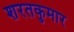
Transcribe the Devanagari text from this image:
शरतकुमार